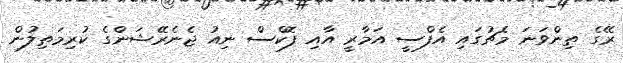
ރޭގެ ތިންވަނަ މެޗުގައި އެފްސީ އަމާރީ އާއި ފޮކްސް ނިއު ޖެނެރޭޝަންގެ ކުރިމަތިލުން